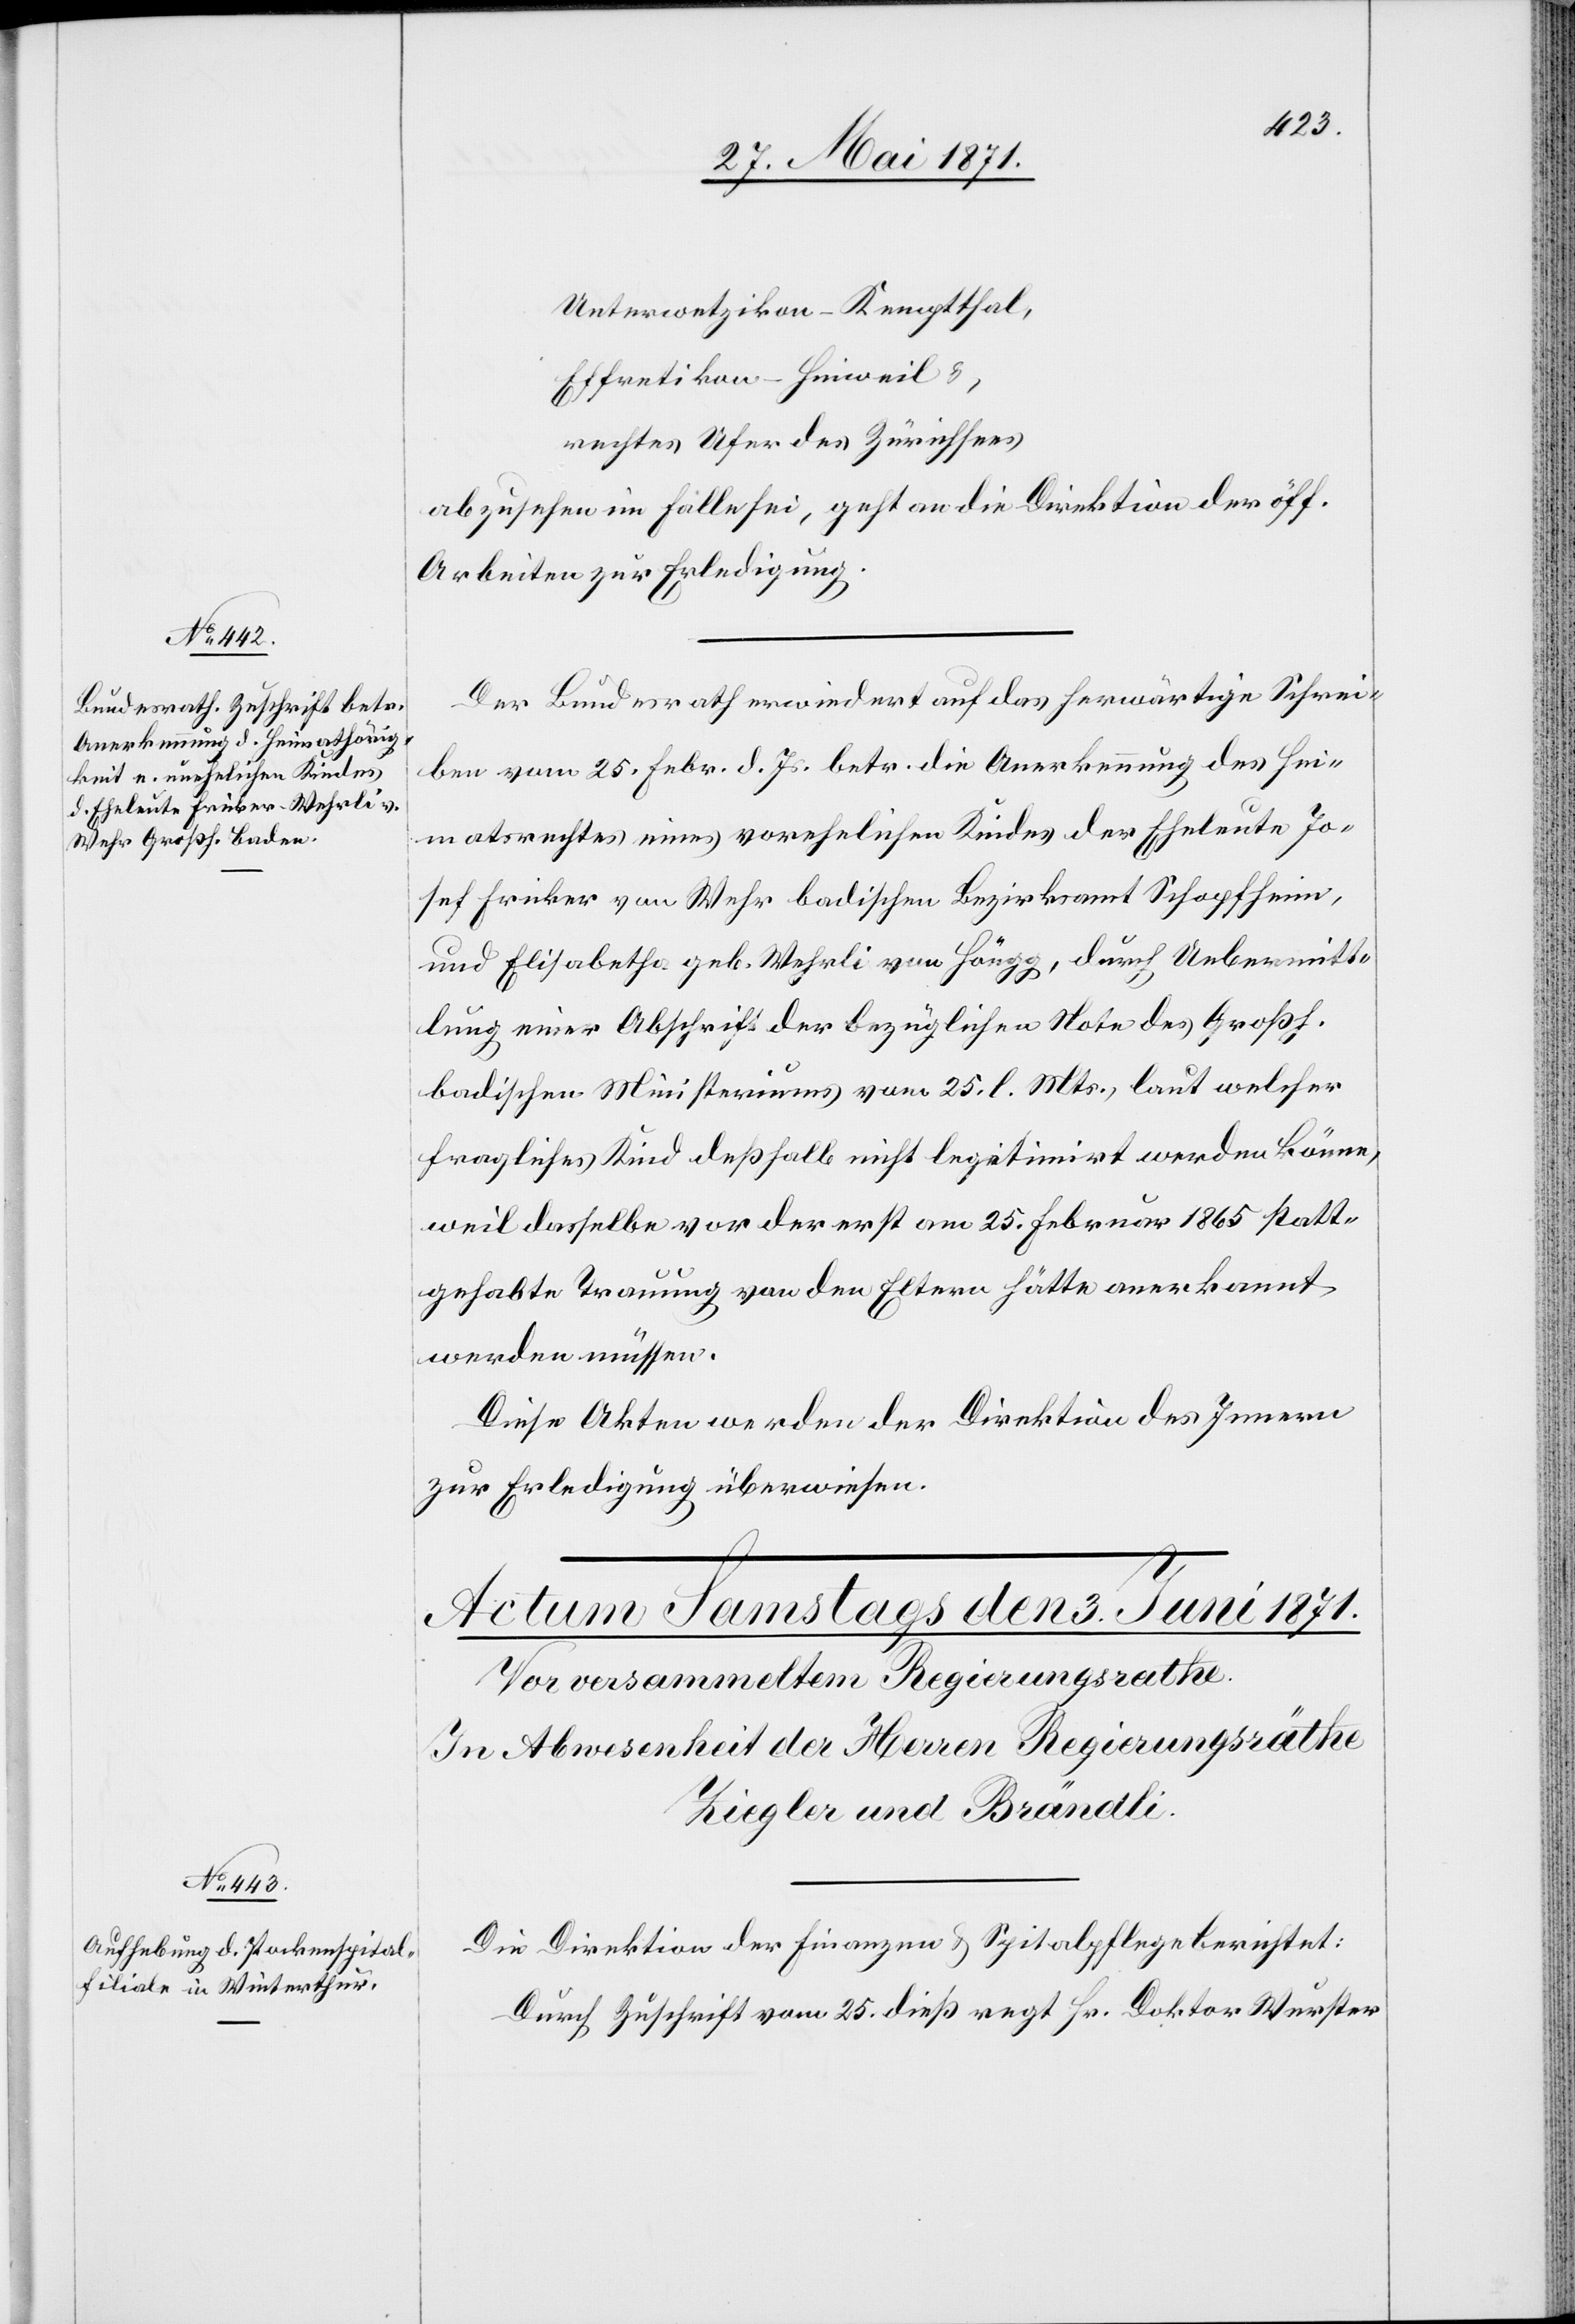
2. Juni 1871.]
Unterwetzikon-Kemptthal,
Effretikon-Hinweil u.,
rechtes Ufer des Zürichsees
abzusehen im Falle sei, geht an die Direktion der öff.
Arbeiten zur Erledigung.
Der Bundesrath erwiedert auf das herwärtige Schrei¬
ben vom 25. Febr. d. Js. betr. die Anerkennung des Hei¬
matsrechtes eines vorehelichen Kindes der Eheleute Jo¬
sef Fricker von Wehr badischen Bezirksamt Schopfheim,
und Elisabetha geb. Wehrli von Höngg, durch Uebermitt¬
lung einer Abschrift der bezüglichen Note des Großh.
badischen Ministeriums vom 25. l. Mts., laut welcher
fragliches Kind deßhalb nicht legitimirt werden könne,
weil dasselbe vor der erst am 25. Februar 1865 statt¬
gehabte [sic!] Trauung von den Eltern hätte anerkannt
werden müssen.
Diese Akten werden der Direktion des Innern
zur Erledigung überwiesen.
Die Direktion der Finanzen u. Spitalpflege berichtet:
Durch Zuschrift vom 25. dieß regt Hr. Doktor Wurster